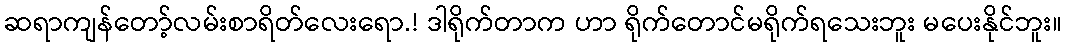
ဆရာကျန်တော့်လမ်းစာရိတ်လေးရော.! ဒါရိုက်တာက ဟာ ရိုက်တောင်မရိုက်ရသေးဘူး မပေးနိုင်ဘူး။